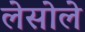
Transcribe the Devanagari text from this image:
लेसोले